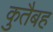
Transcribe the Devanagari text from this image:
कुतैबह